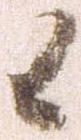
候